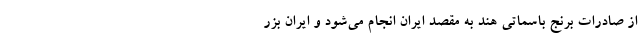
از صادرات برنج باسماتی هند به مقصد ایران انجام می‌شود و ایران بزر